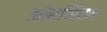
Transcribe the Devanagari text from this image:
ओबनिंस्क